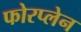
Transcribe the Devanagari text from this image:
फोरप्लेन